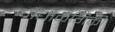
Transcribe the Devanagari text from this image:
प्रौद्योकगिकी